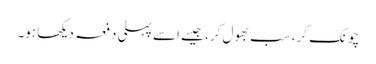
چونک کر، سب بھول کر، جیسے اسے پہلی دفعہ دیکھا ہو۔